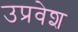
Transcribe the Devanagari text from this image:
उप्रवेश